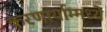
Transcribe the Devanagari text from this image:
करणार्याम्मध्ये